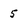
Character: 5